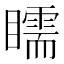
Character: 𥌎